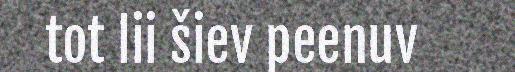
tot lii šiev peenuv